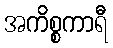
အကိစ္စကာရီ